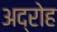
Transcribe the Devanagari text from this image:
अद्रोह